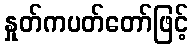
နှုတ်ကပတ်တော်ဖြင့်